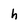
Character: h